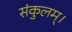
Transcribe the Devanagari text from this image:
संकुलम्‌।